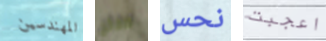
المهندسين صفائح نحس اعجبت